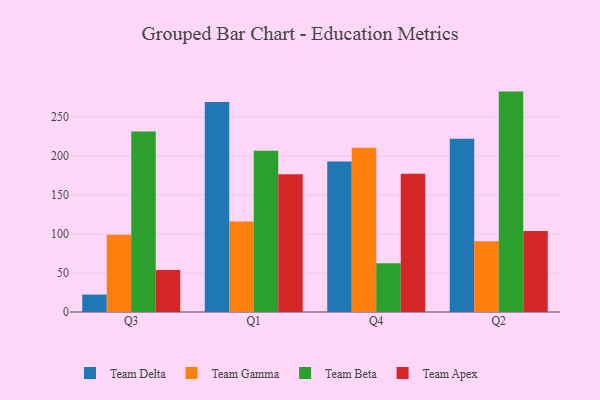
{"axis": {"x": "Quarter", "y": "Temperature (°C)"}, "legend": ["Team Apex", "Team Beta", "Team Delta", "Team Gamma"], "data": [{"x": "Q3", "y": 22.3, "type": "Team Delta"}, {"x": "Q3", "y": 99.0, "type": "Team Gamma"}, {"x": "Q3", "y": 231.4, "type": "Team Beta"}, {"x": "Q3", "y": 53.8, "type": "Team Apex"}, {"x": "Q1", "y": 269.2, "type": "Team Delta"}, {"x": "Q1", "y": 115.8, "type": "Team Gamma"}, {"x": "Q1", "y": 206.7, "type": "Team Beta"}, {"x": "Q1", "y": 176.5, "type": "Team Apex"}, {"x": "Q4", "y": 192.7, "type": "Team Delta"}, {"x": "Q4", "y": 210.5, "type": "Team Gamma"}, {"x": "Q4", "y": 62.5, "type": "Team Beta"}, {"x": "Q4", "y": 177.0, "type": "Team Apex"}, {"x": "Q2", "y": 222.0, "type": "Team Delta"}, {"x": "Q2", "y": 90.8, "type": "Team Gamma"}, {"x": "Q2", "y": 282.4, "type": "Team Beta"}, {"x": "Q2", "y": 103.7, "type": "Team Apex"}]}